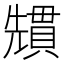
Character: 𭀷